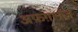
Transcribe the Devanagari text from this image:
अफ़ग़ानज़